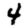
Digit: 4